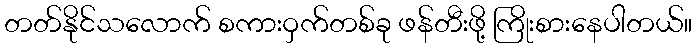
တတ်နိုင်သလောက် စကားဝှက်တစ်ခု ဖန်တီးဖို့ ကြိုးစားနေပါတယ်။